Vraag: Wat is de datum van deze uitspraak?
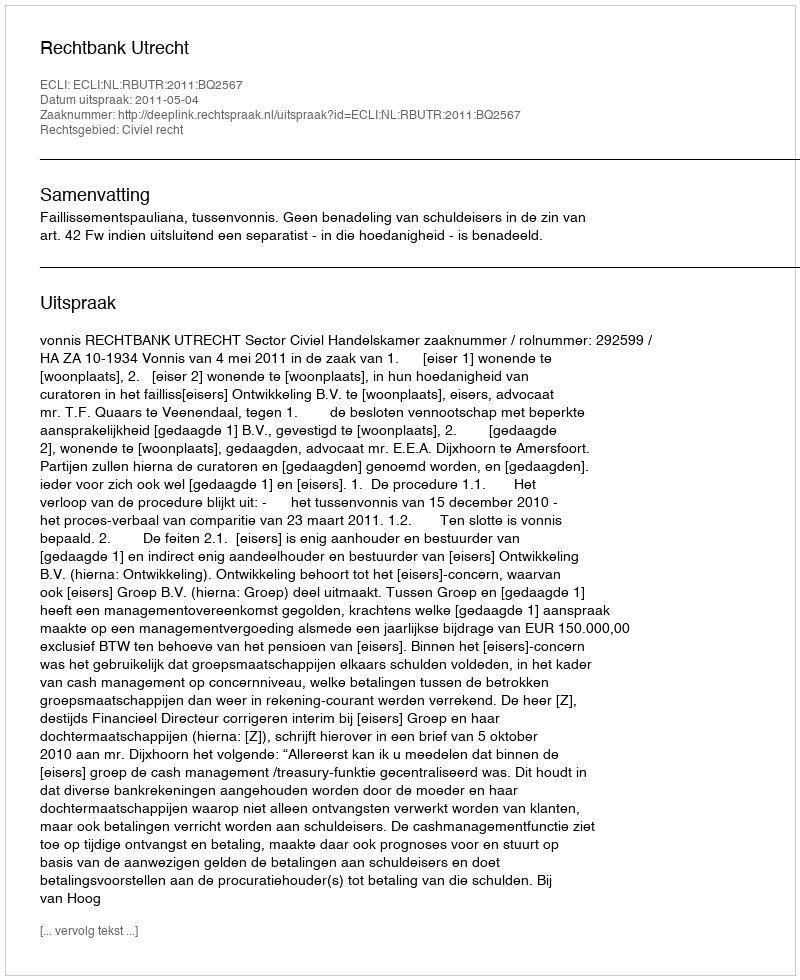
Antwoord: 2011-05-04